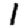
Digit: 1